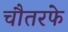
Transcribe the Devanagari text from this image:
चौतरफे